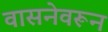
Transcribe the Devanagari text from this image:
वासनेवरून